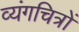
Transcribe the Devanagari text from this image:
व्यंगचित्रों